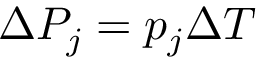
\Delta P _ { j } = p _ { j } \Delta T